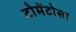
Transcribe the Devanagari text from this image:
टोमेंटोसा